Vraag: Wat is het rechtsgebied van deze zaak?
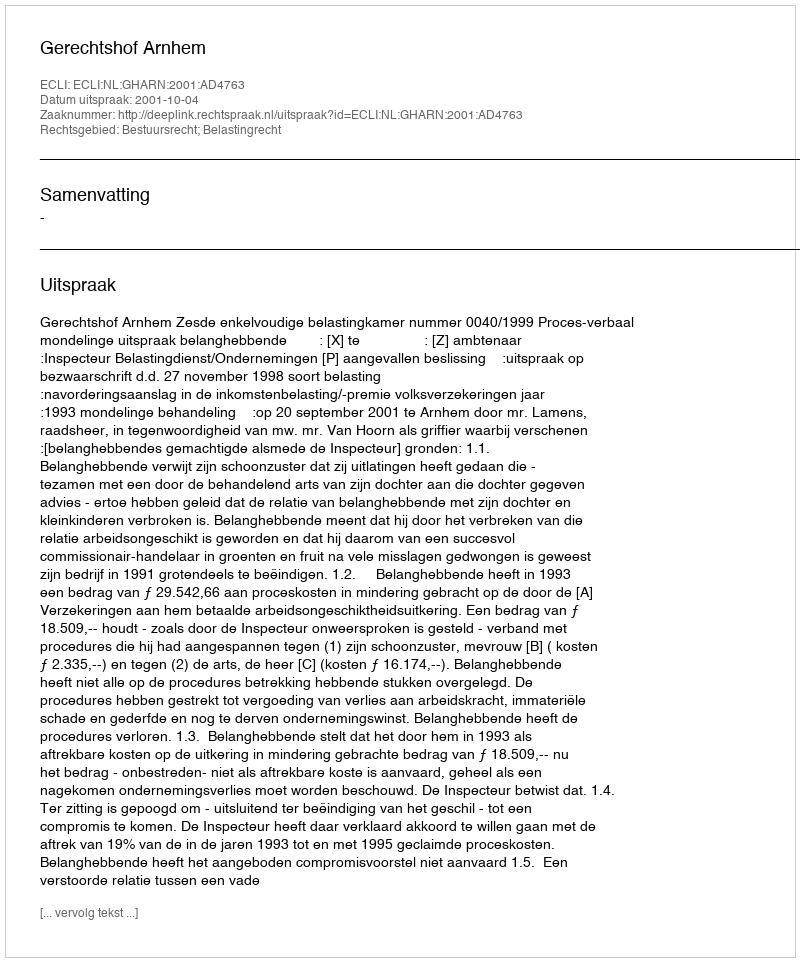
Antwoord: Bestuursrecht; Belastingrecht